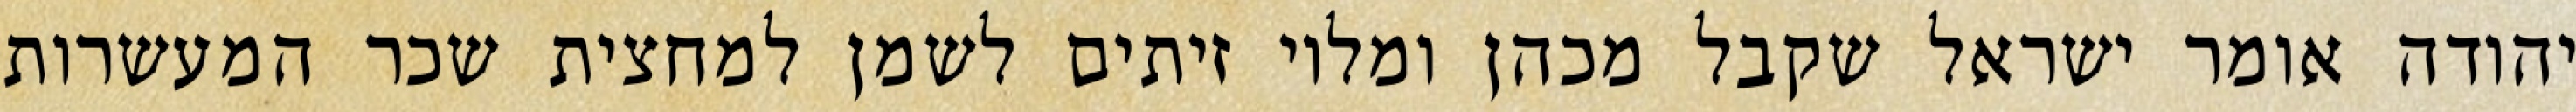
יהודה אומר ישראל שקבל מכהן ומלוי זיתים לשמן למחצית שכר המעשרות